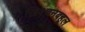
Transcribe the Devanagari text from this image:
ख्रिश्चनबहूल